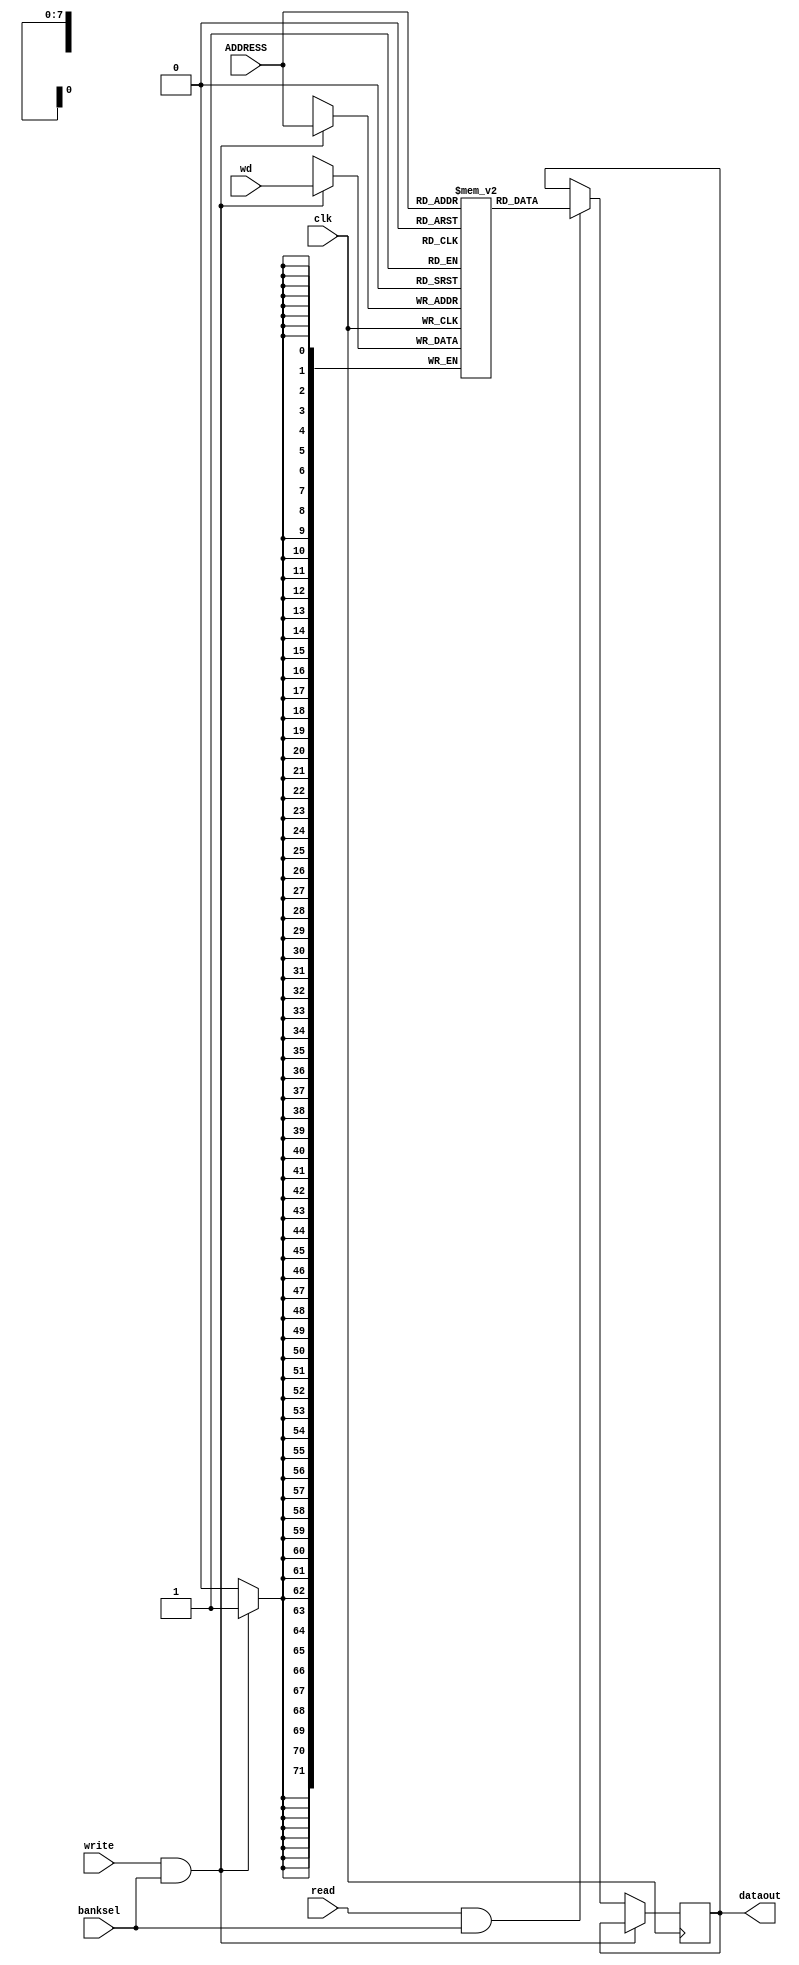
// synchronous SRAM verilog

module srambank_64x4x72_6t122 (
			    input clk
			  , input [7:0] ADDRESS          // address
			  , input [71:0] wd                // data to write
		       	  , input banksel                    // access enable
			  , input read                       // read enable
			  , input write                      // write enable
			  , output reg [71:0] dataout      // latched data output (only updated on read)
			    );

   reg [71:0] 				      mem [255:0];

   always @ (posedge(clk))
     begin                            // should have an error assert on read & write at once...
	if (write & banksel)
	  mem[ADDRESS] <= wd;
	else if (read & banksel)
	  dataout <= mem[ADDRESS];    // output is latched until next read, independent of writes
     end
endmodule //